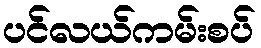
ပင်လယ်ကမ်းစပ်